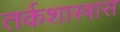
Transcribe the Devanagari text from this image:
तर्कशास्त्रास